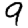
Digit: 9